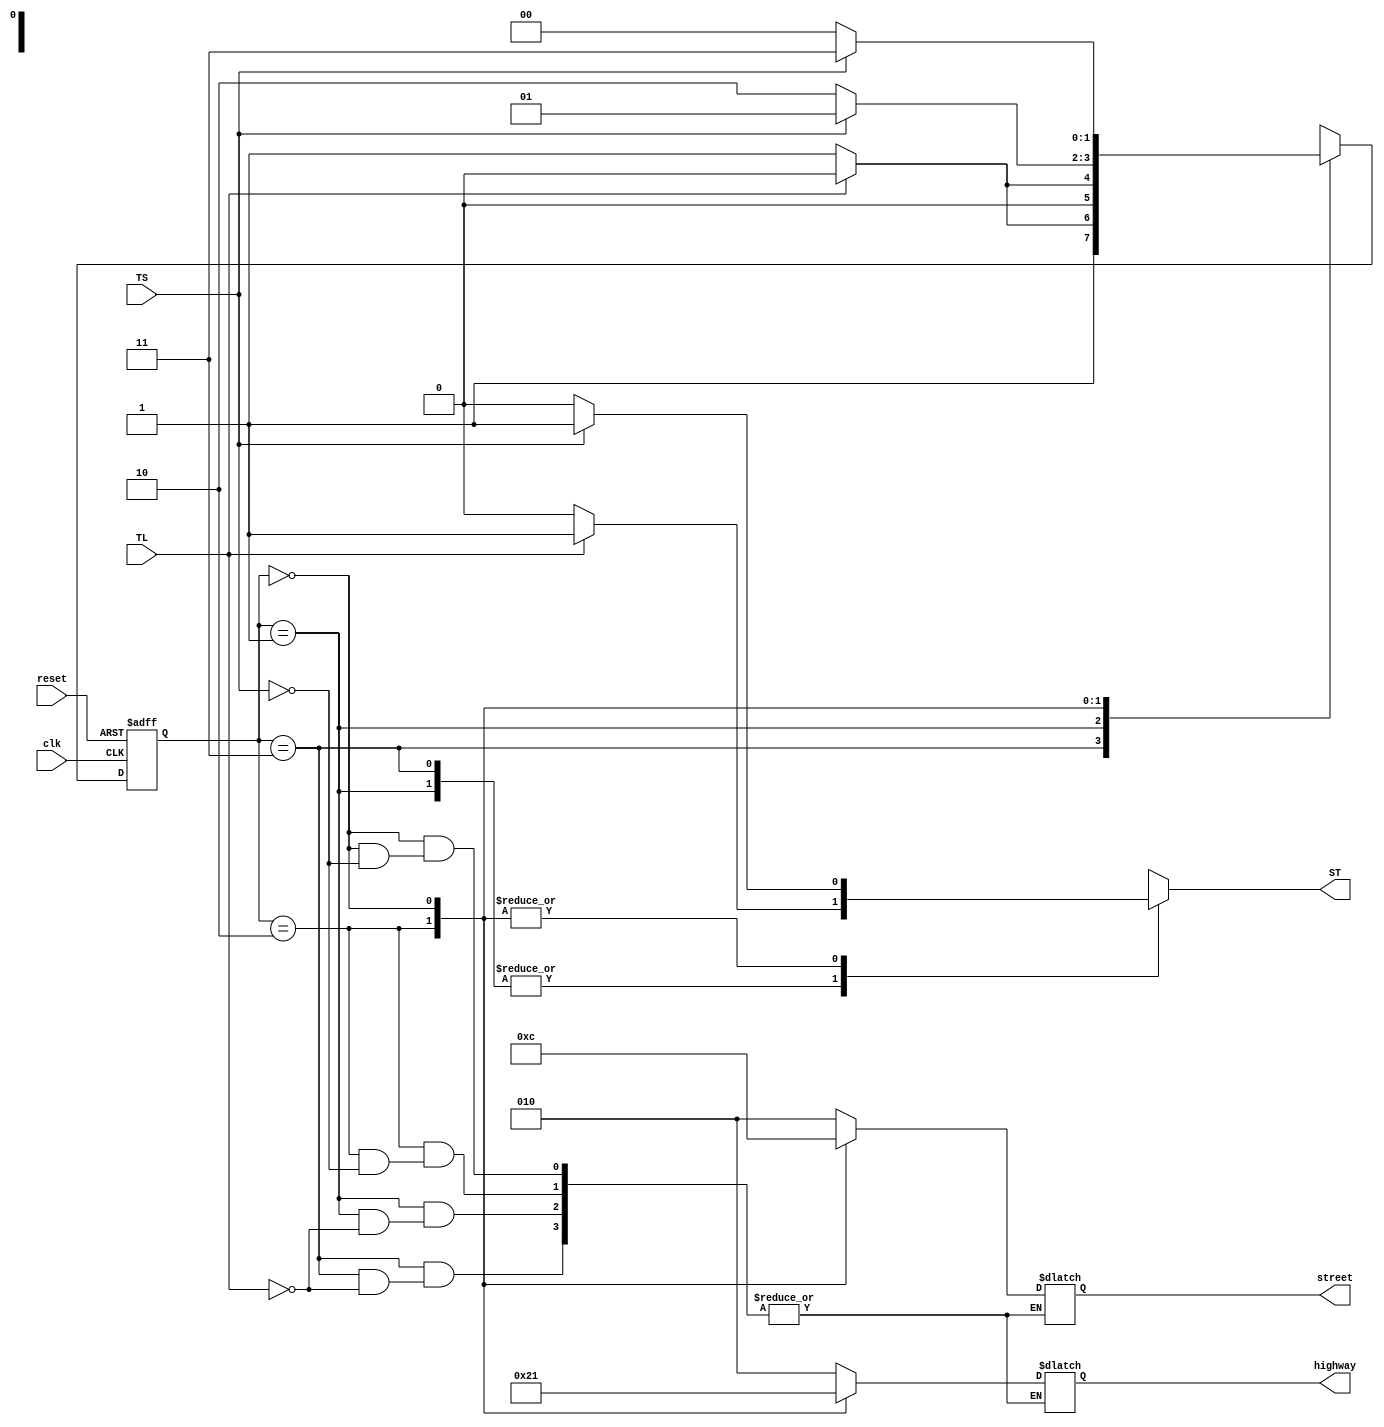
`timescale 1ns / 1ps
//////////////////////////////////////////////////////////////////////////////////
// Company: 
// Engineer: 
// 
// Design Name: 
// Module Name:    TrafficLightState 
// Project Name: 
// Target Devices: 
// Tool versions: 
// Description: 
//
// Dependencies: 
//
// Revision: 
// Revision 0.01 - File Created
// Additional Comments: 
//
//////////////////////////////////////////////////////////////////////////////////
module TrafficLightState(
    input clk,
    input reset,
    input TS,
    input TL,
    output reg ST,
    output reg [2:0] street,
    output reg [2:0] highway
    );
	 
	 parameter HG = 2'b11, SG = 2'b01, HY = 2'b10, SY = 2'b00;
	 reg [1:0] state, next; 
	 
	 initial begin
		state = HG;
		street = 3'b100;
		highway = 3'b001;
	 end
	 
	 always @ (posedge clk or posedge reset)
	 begin
		if (reset) state <= HG;
		else state <= next;
	 end
	 
	 always @ (*)
	 begin
		ST = 1'b0;
		case (state)
		HG:
			if (TL == 1'b1) begin
				next = HY;
				street = 3'b010;
				highway = 3'b010;
				ST = 1'b1;
			end
			else next = HG;
		SG : 
			if (TL == 1'b1) begin
				next = SY;
				street = 3'b010;
				highway = 3'b010;
				ST = 1'b1;
			end
			else next = SG;
		HY:
			if (TS == 1'b1) begin
				next = SG;
				street = 3'b001;
				highway = 3'b100;				
				ST = 1'b1;
			end
			else next = HY;
		SY:
			if (TS == 1'b1) begin
				next = HG;
				street = 3'b100;
				highway = 3'b001;
				ST = 1'b1;
			end
			else next = SY;
		endcase
	 end

endmodule